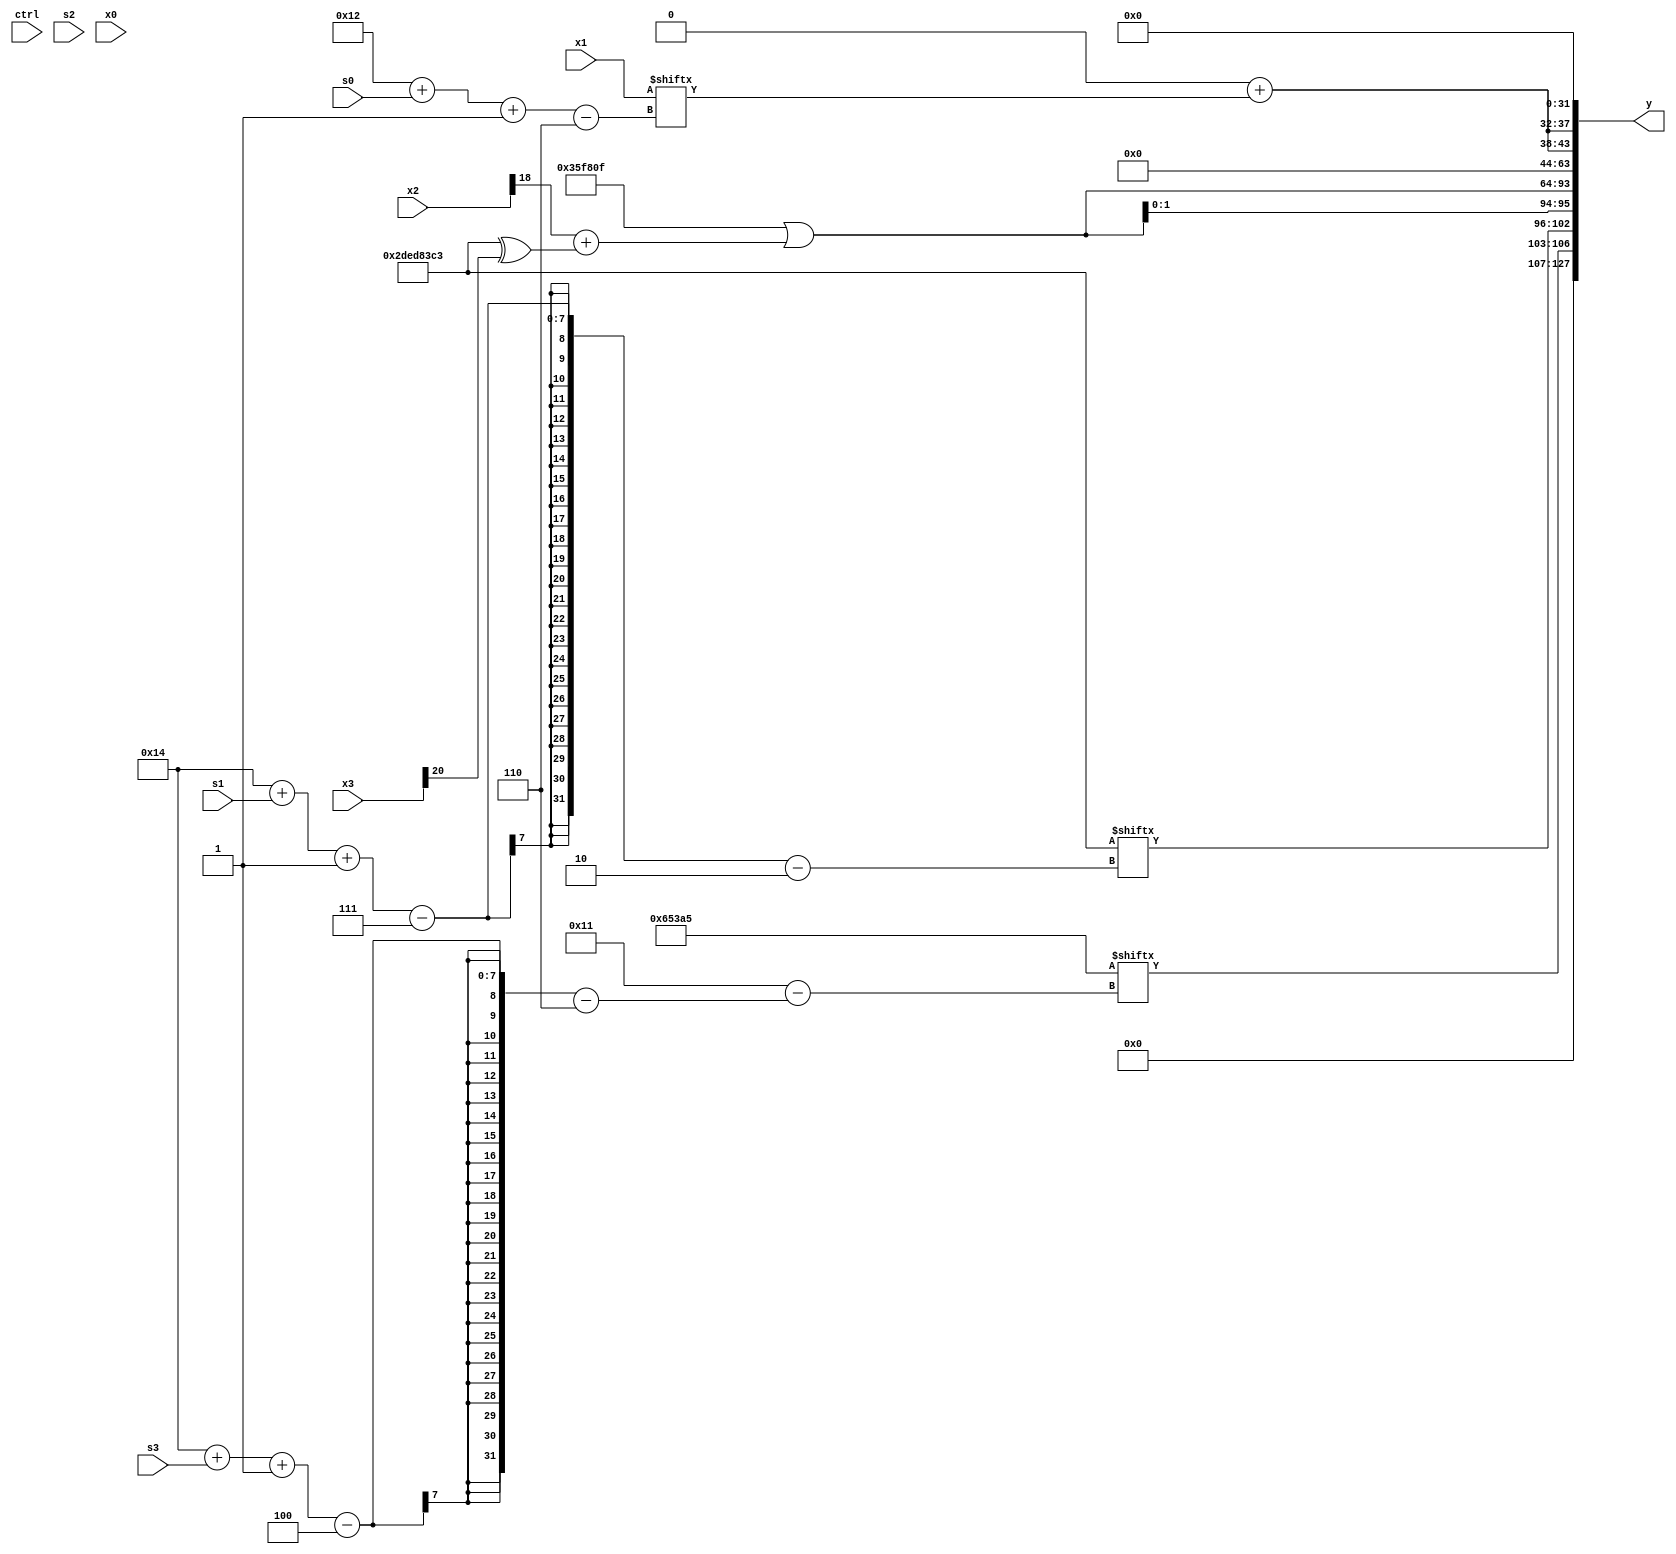
module partsel_00491(ctrl, s0, s1, s2, s3, x0, x1, x2, x3, y);
  input [3:0] ctrl;
  input [2:0] s0;
  input [2:0] s1;
  input [2:0] s2;
  input [2:0] s3;
  input [31:0] x0;
  input [31:0] x1;
  input [31:0] x2;
  input [31:0] x3;
  wire signed [27:0] x4;
  wire [0:24] x5;
  wire signed [25:0] x6;
  wire [6:29] x7;
  wire signed [31:2] x8;
  wire signed [31:3] x9;
  wire [0:24] x10;
  wire [2:28] x11;
  wire signed [3:25] x12;
  wire [26:5] x13;
  wire signed [27:6] x14;
  wire [27:7] x15;
  output [127:0] y;
  wire signed [31:0] y0;
  wire [31:0] y1;
  wire [31:0] y2;
  wire signed [31:0] y3;
  assign y = {y0,y1,y2,y3};
  localparam signed [31:2] p0 = 770540483;
  localparam signed [3:25] p1 = 993392655;
  localparam signed [31:4] p2 = 646771332;
  localparam [6:26] p3 = 371610533;
  assign x4 = (ctrl[1] || !ctrl[3] && ctrl[3] ? {2{x0[29 + s0 +: 3]}} : (x2[15 + s1 +: 8] - (ctrl[2] || ctrl[0] && !ctrl[1] ? {(p3[13 +: 1] & p2), (p3 | p1[12 -: 4])} : {{p0[9], (p2[19 +: 1] & x0)}, p2})));
  assign x5 = ((!ctrl[1] && !ctrl[1] && ctrl[3] ? p1[19 +: 3] : x2[17 + s3 -: 2]) ^ x4[13 -: 4]);
  assign x6 = {2{{2{{2{x4[14 +: 3]}}}}}};
  assign x7 = p2;
  assign x8 = x5[21 -: 2];
  assign x9 = p1;
  assign x10 = {2{p2[19 + s2]}};
  assign x11 = (ctrl[3] || ctrl[2] || ctrl[0] ? x1[14 + s3] : ((ctrl[1] && ctrl[1] && ctrl[2] ? {{2{x1[19 + s0 +: 4]}}, x7[1 + s2 +: 8]} : x0[13 -: 2]) | {2{p2[3 + s0 -: 1]}}));
  assign x12 = p1[13 +: 2];
  assign x13 = {x5[17 + s1], (!ctrl[0] || !ctrl[1] || !ctrl[0] ? ((!ctrl[2] && !ctrl[0] || !ctrl[0] ? x2[12 + s1 -: 3] : x11[9 + s2]) - (p1[16 +: 2] ^ p0)) : (ctrl[0] || !ctrl[2] || !ctrl[3] ? x9[12] : (x6[19 -: 1] ^ {x6[15], p1[20]})))};
  assign x14 = p0;
  assign x15 = (!ctrl[2] || !ctrl[0] || !ctrl[2] ? p3[12 +: 4] : ((({2{x8}} + {x11[9 +: 2], x1[19 + s3]}) & ((p2[15] & (p1[13 +: 4] | p1[12 + s0])) & {p2, p2[14 + s2]})) | {x14[18 -: 2], ((x3[13 -: 4] & p2[10 +: 2]) - (x2 - p2[21 + s2 -: 5]))}));
  assign y0 = {p3[20 + s3 -: 4], p0[20 + s1 -: 7]};
  assign y1 = {(x10 | p2[21 -: 1]), {(ctrl[3] || !ctrl[3] || !ctrl[0] ? {2{(ctrl[2] || ctrl[2] && ctrl[3] ? x0 : x15)}} : (p3[17 + s1 -: 2] & p3[9 +: 2])), {2{(p1 | (x2[18] + (p0 ^ x3[20])))}}}};
  assign y2 = {2{(p3[15 -: 1] + x1[18 + s0 -: 6])}};
  assign y3 = x7[18 +: 2];
endmodule